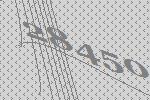
28450